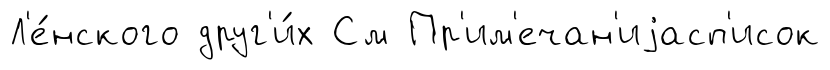
Л'е́нского друг'и́х См Пр'им'ечан'иjасп'исок